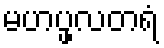
မဟပ္ဖလတရံ